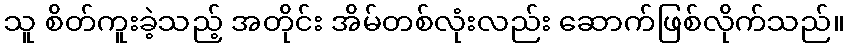
သူ စိတ်ကူးခဲ့သည့် အတိုင်း အိမ်တစ်လုံးလည်း ဆောက်ဖြစ်လိုက်သည်။